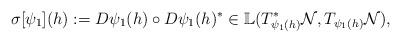
LaTeX: \begin{align*}\sigma [\psi_1] (h) := D\psi_1 (h)\circ D\psi_1 (h)^* \in{\mathbb L} ( T^*_{\psi_1 (h)} {\cal N}, T_{\psi_1 (h)} {\cal N}),\end{align*}